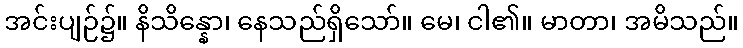
အင်းပျဉ်၌။ နိသိန္နော၊ နေသည်ရှိသော်။ မေ၊ ငါ၏။ မာတာ၊ အမိသည်။